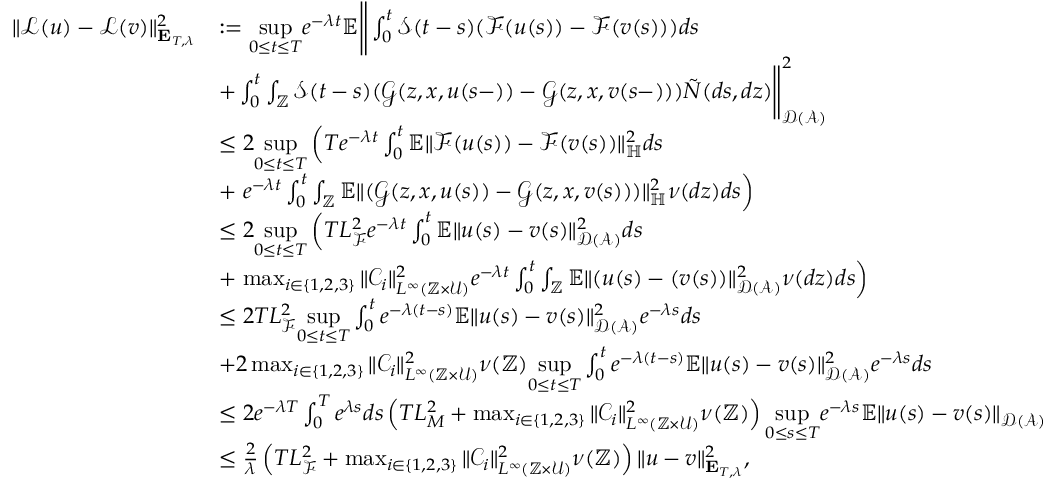
\begin{array} { r l } { \Vert \mathcal { L } ( u ) - \mathcal { L } ( v ) \Vert _ { \mathbf { E } _ { T , \lambda } } ^ { 2 } } & { : = \underset { 0 \leq t \leq T } { \operatorname* { s u p } } e ^ { - \lambda t } \mathbb { E } \Bigg \Vert \int _ { 0 } ^ { t } \mathcal { S } ( t - s ) ( \mathcal { F } ( u ( s ) ) - \mathcal { F } ( v ( s ) ) ) d s } \\ & { + \int _ { 0 } ^ { t } \int _ { \mathbb { Z } } \mathcal { S } ( t - s ) ( \mathcal { G } ( z , x , u ( s - ) ) - \mathcal { G } ( z , x , v ( s - ) ) ) \tilde { N } ( d s , d z ) \Bigg \Vert _ { \mathcal { D } ( \mathcal { A } ) } ^ { 2 } } \\ & { \leq 2 \underset { 0 \leq t \leq T } { \operatorname* { s u p } } \left( T e ^ { - \lambda t } \int _ { 0 } ^ { t } \mathbb { E } \Vert \mathcal { F } ( u ( s ) ) - \mathcal { F } ( v ( s ) ) \Vert _ { \mathbb { H } } ^ { 2 } d s \right. } \\ & { + \left. e ^ { - \lambda t } \int _ { 0 } ^ { t } \int _ { \mathbb { Z } } \mathbb { E } \Vert ( \mathcal { G } ( z , x , u ( s ) ) - \mathcal { G } ( z , x , v ( s ) ) ) \Vert _ { \mathbb { H } } ^ { 2 } \nu ( d z ) d s \right) } \\ & { \leq 2 \underset { 0 \leq t \leq T } { \operatorname* { s u p } } \left( T L _ { \mathcal { F } } ^ { 2 } e ^ { - \lambda t } \int _ { 0 } ^ { t } \mathbb { E } \Vert u ( s ) - v ( s ) \Vert _ { \mathcal { D } ( \mathcal { A } ) } ^ { 2 } d s \right. } \\ & { + \left. \operatorname* { m a x } _ { i \in \{ 1 , 2 , 3 \} } \Vert \mathcal { C } _ { i } \Vert _ { L ^ { \infty } ( \mathbb { Z } \times \mathcal { U } ) } ^ { 2 } e ^ { - \lambda t } \int _ { 0 } ^ { t } \int _ { \mathbb { Z } } \mathbb { E } \Vert ( u ( s ) - ( v ( s ) ) \Vert _ { \mathcal { D } ( \mathcal { A } ) } ^ { 2 } \nu ( d z ) d s \right) } \\ & { \leq 2 T L _ { \mathcal { F } } ^ { 2 } \underset { 0 \leq t \leq T } { \operatorname* { s u p } } \int _ { 0 } ^ { t } e ^ { - \lambda ( t - s ) } \mathbb { E } \Vert u ( s ) - v ( s ) \Vert _ { \mathcal { D } ( \mathcal { A } ) } ^ { 2 } e ^ { - \lambda s } d s } \\ & { + 2 \operatorname* { m a x } _ { i \in \{ 1 , 2 , 3 \} } \Vert \mathcal { C } _ { i } \Vert _ { L ^ { \infty } ( \mathbb { Z } \times \mathcal { U } ) } ^ { 2 } \nu ( \mathbb { Z } ) \underset { 0 \leq t \leq T } { \operatorname* { s u p } } \int _ { 0 } ^ { t } e ^ { - \lambda ( t - s ) } \mathbb { E } \Vert u ( s ) - v ( s ) \Vert _ { \mathcal { D } ( \mathcal { A } ) } ^ { 2 } e ^ { - \lambda s } d s } \\ & { \leq 2 e ^ { - \lambda T } \int _ { 0 } ^ { T } e ^ { \lambda s } d s \left( T L _ { M } ^ { 2 } + \operatorname* { m a x } _ { i \in \{ 1 , 2 , 3 \} } \Vert \mathcal { C } _ { i } \Vert _ { L ^ { \infty } ( \mathbb { Z } \times \mathcal { U } ) } ^ { 2 } \nu ( \mathbb { Z } ) \right) \underset { 0 \leq s \leq T } { \operatorname* { s u p } } e ^ { - \lambda s } \mathbb { E } \Vert u ( s ) - v ( s ) \Vert _ { \mathcal { D } ( \mathcal { A } ) } } \\ & { \leq \frac { 2 } { \lambda } \left( T L _ { \mathcal { F } } ^ { 2 } + \operatorname* { m a x } _ { i \in \{ 1 , 2 , 3 \} } \Vert \mathcal { C } _ { i } \Vert _ { L ^ { \infty } ( \mathbb { Z } \times \mathcal { U } ) } ^ { 2 } \nu ( \mathbb { Z } ) \right) \Vert u - v \Vert _ { \mathbf { E } _ { T , \lambda } } ^ { 2 } , } \end{array}